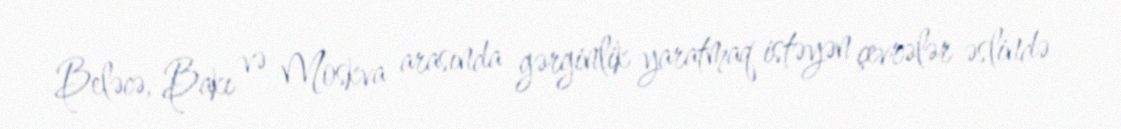
Beləcə, Bakı və Moskva arasında gərginlik yaratmaq istəyən çevrələr əslində